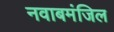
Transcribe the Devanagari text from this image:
नवाबमंजिल